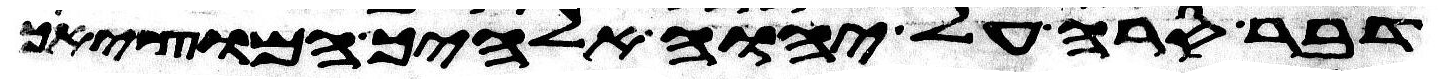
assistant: דבר סרה על יהוה אלהיך המוציאך